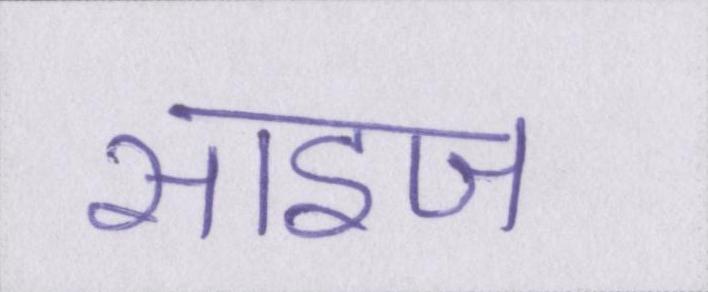
साइज़